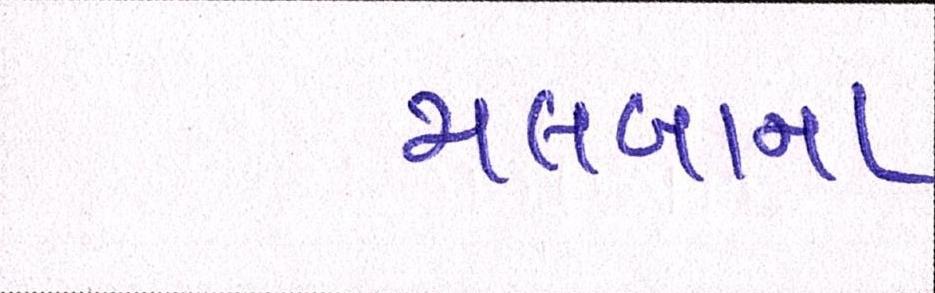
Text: મલબાના